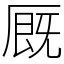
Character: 厩